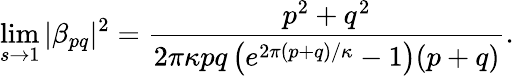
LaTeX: \operatorname*{lim}_{s\to 1}|\beta_{pq}|^{2}=\frac{p^{2}+q^{2}}{2\pi\kappa pq\left(e^{2\pi(p+q)/\kappa}-1\right)(p+q)}.